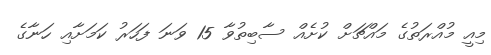
މިއީ މުއްރަތުގެ މައްޗަށް ކުށެއް ސާބިތުވާ 15 ވަނަ ފަހަރު ކަމަށާއި ހަނާގެ